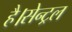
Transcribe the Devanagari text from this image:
है।सेन्ट्रल